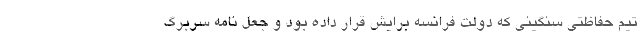
تیم حفاظتی سنگینی که دولت فرانسه برایش قرار داده بود و جعل نامه سربرگ